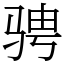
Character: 骋